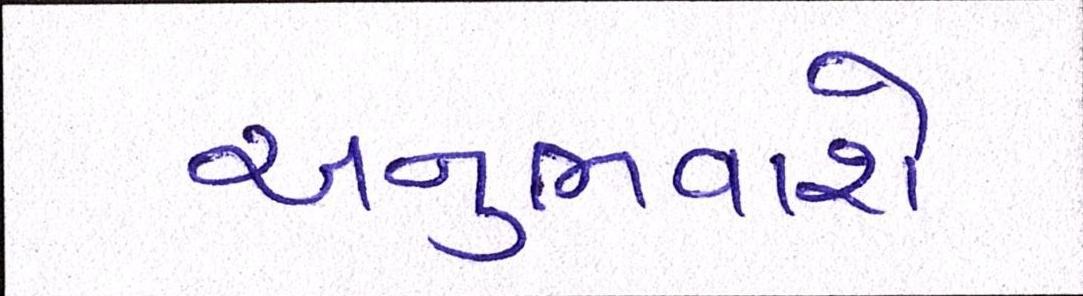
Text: અનુભવાશે